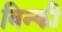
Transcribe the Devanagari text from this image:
विन्की